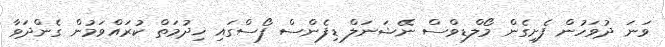
ވަނަ ދުވަހުން ފެށިގެން މޯލްޑިވްސް ނޭޝަނަލް ޑިފެންސް ފޯސްގައި ޚިދުމަތް ކުރައްވަމުން ގެންދަވާ